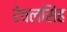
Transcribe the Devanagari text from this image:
रेवलसिंह